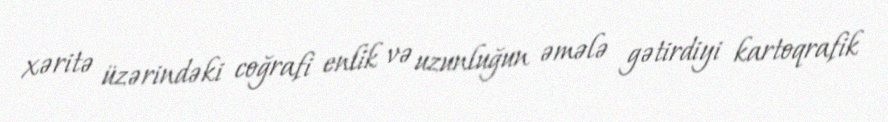
xəritə üzərindəki coğrafi enlik və uzunluğun əmələ gətirdiyi kartoqrafik